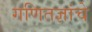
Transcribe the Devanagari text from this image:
गणितज्ञांचे